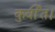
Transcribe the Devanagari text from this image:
कुर्वीत।